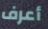
أعرف